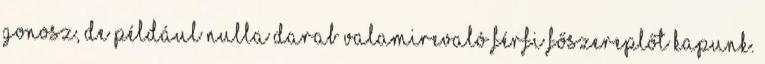
gonosz, de például nulla darab valamirevaló férfi főszereplőt kapunk.